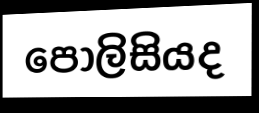
පොලිසියද